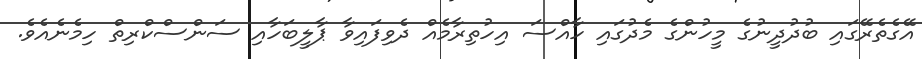
އޭގެތެރޭގައި ބުދުދީނުގެ މީހުންގެ މެދުގައި ހާއްސަ އިހުތިރާމެއް ދެވިފައިވާ ޕާލީބަހާއި ސަންސްކްރިތް ހިމެނެއެވެ.